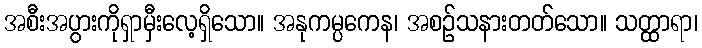
အစီးအပွားကိုရှာမှီးလေ့ရှိသော။ အနုကမ္ပကေန၊ အစဉ်သနားတတ်သော။ သတ္ထာရာ၊